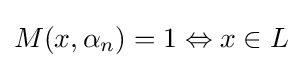
M(x,\alpha _{n})=1\Leftrightarrow x\in L